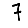
Digit: 7